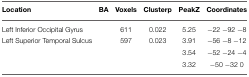
<table><thead><tr><td><b>Location</b></td><td><b>BA</b></td><td><b>Voxels</b></td><td><b>Clusterp</b></td><td><b>PeakZ</b></td><td><b>Coordinates</b></td></tr></thead><tbody><tr><td>Left Inferior Occipital Gyrus</td><td></td><td>611</td><td>0.022</td><td>5.25</td><td>−22 −92 −8</td></tr><tr><td>Left Superior Temporal Sulcus</td><td></td><td>597</td><td>0.023</td><td>3.91</td><td>−56 −8 −12</td></tr><tr><td></td><td></td><td></td><td></td><td>3.54</td><td>−52 −24 −4</td></tr><tr><td></td><td></td><td></td><td></td><td>3.32</td><td>−50 −32 0</td></tr></tbody></table>